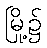
မြို့၌